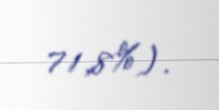
71,8%).